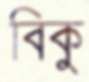
বিকু